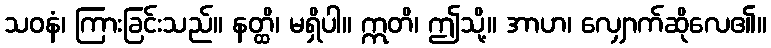
သဝနံ၊ ကြားခြင်းသည်။ နတ္ထိ၊ မရှိပါ။ ဣတိ၊ ဤသို့။ အာဟ၊ လျှောက်ဆိုလေ၏။